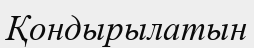
Қондырылатын